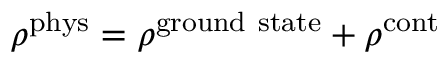
\rho ^ { \mathrm { p h y s } } = \rho ^ { \mathrm { g r o u n d \ s t a t e } } + \rho ^ { \mathrm { c o n t } }